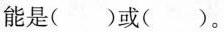
能是()或()。